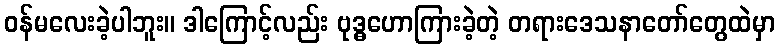
ဝန်မလေးခဲ့ပါဘူး။ ဒါကြောင့်လည်း ဗုဒ္ဓဟောကြားခဲ့တဲ့ တရားဒေသနာတော်တွေထဲမှာ